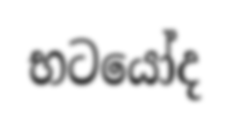
භටයෝද